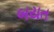
બયત